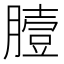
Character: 𦠉